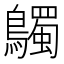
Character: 𪇆